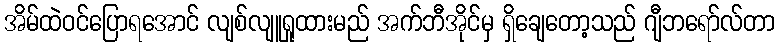
အိမ်ထဲဝင်ပြောရအောင် လျစ်လျူရှုထားမည် အက်ဘီအိုင်မှ ရှိချေတော့သည် ဂျီဘရော်လ်တာ